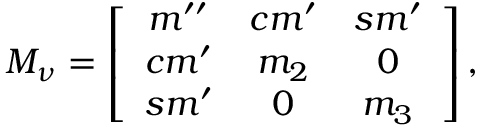
{ \cal M } _ { \nu } = \left[ \begin{array} { c c c } { { m ^ { \prime \prime } } } & { { c m ^ { \prime } } } & { { s m ^ { \prime } } } \\ { { c m ^ { \prime } } } & { { m _ { 2 } } } & { { 0 } } \\ { { s m ^ { \prime } } } & { { 0 } } & { { m _ { 3 } } } \end{array} \right] ,